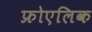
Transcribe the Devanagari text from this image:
फ्रोएलिक